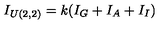
I _ { U ( 2 , 2 ) } = k ( I _ { G } + I _ { A } + I _ { I } )